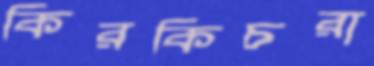
কিরকিচরা